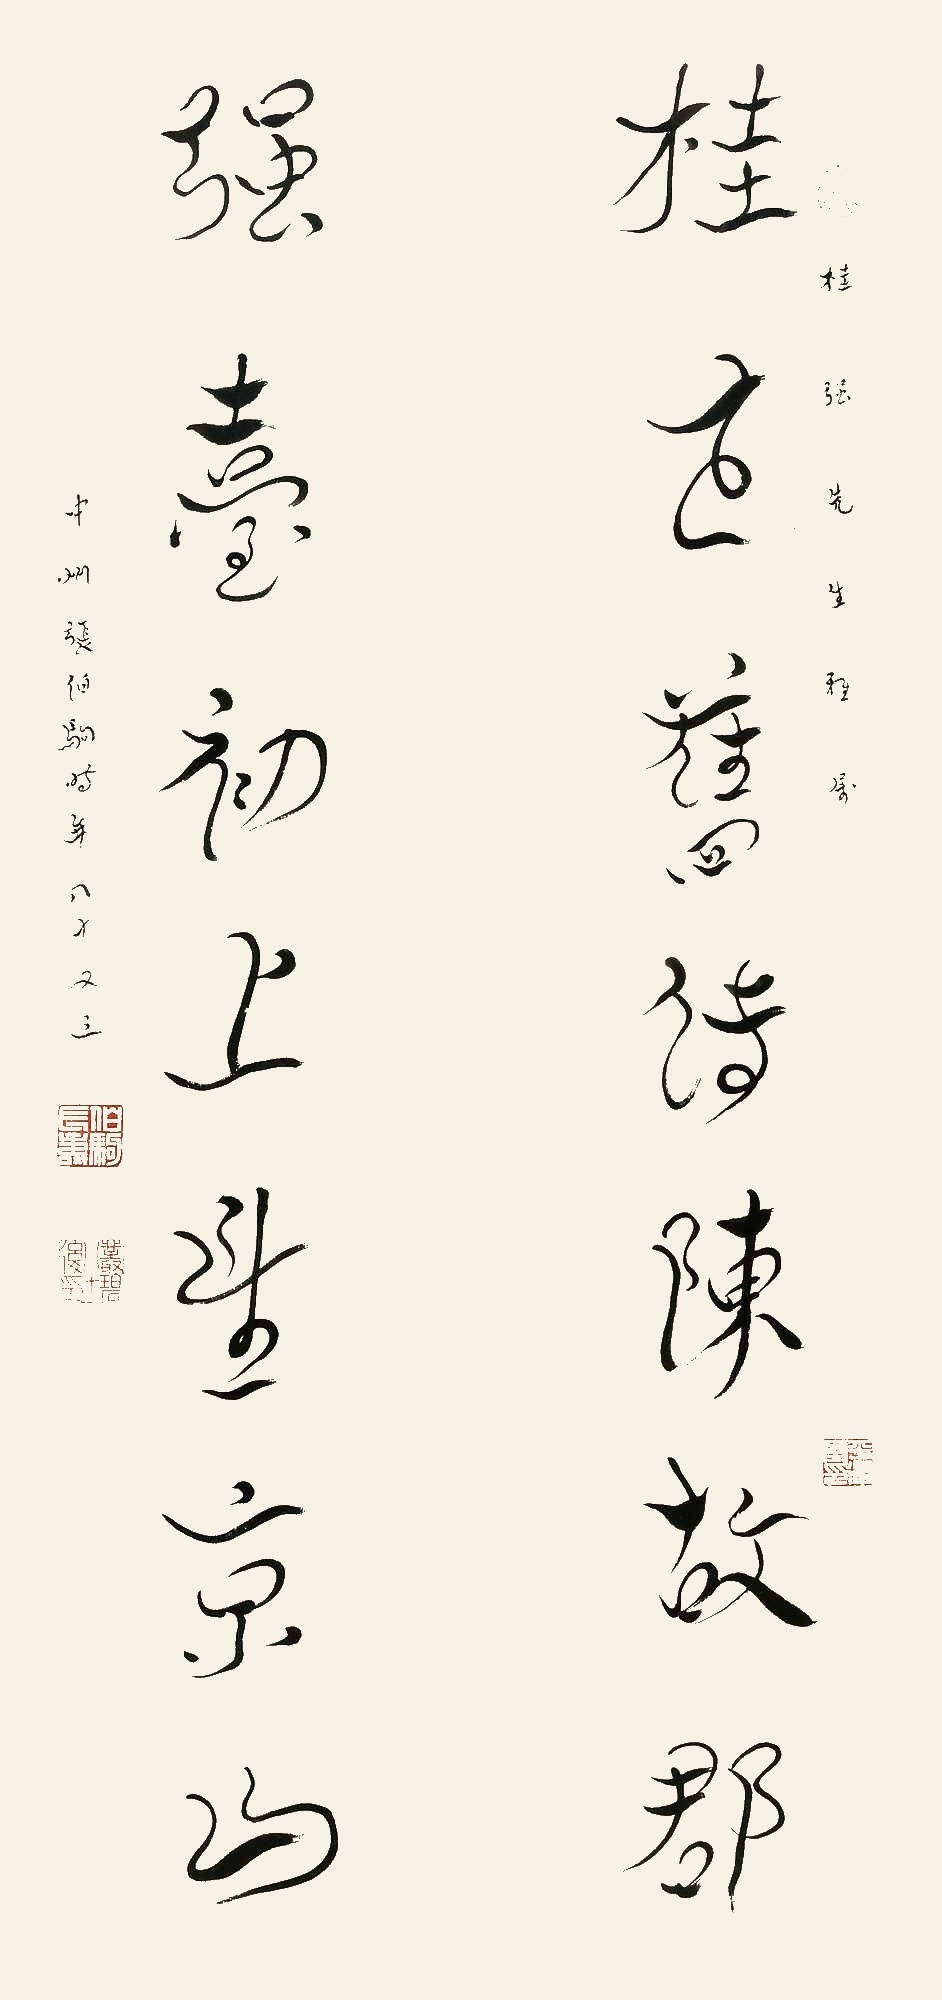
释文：桂在旧传陈故郡，强台初上望京山。桂强先生雅属，中州张伯驹时年八十又三。